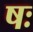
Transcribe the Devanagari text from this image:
षः